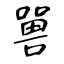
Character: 嘼